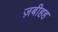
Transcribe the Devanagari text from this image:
ज़बीहह